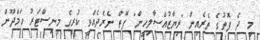
މި ދެ ފޮތުގެ ތެރެއިން "ރިޔާޒުއްސާލިހީން" ފޮތް ނެރެދެއްވީ ކުރީގެ މިނިސްޓަރު ހަމްދޫން